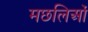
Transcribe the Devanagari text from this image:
मछलिओं